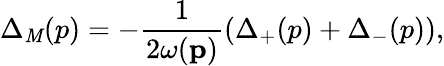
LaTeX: \Delta_{\mathit{M}}(p)=-\frac{{1}}{{2\omega(\mathbf{p})}}\left(\Delta_{+}(p)+\Delta_{-}(p)\right),